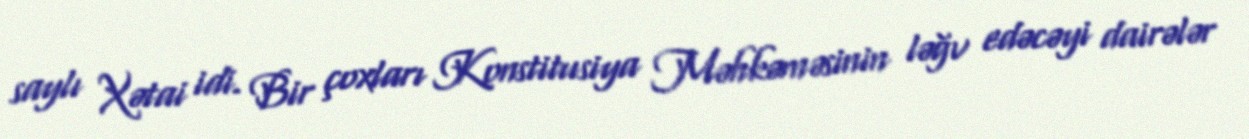
saylı Xətai idi. Bir çoxları Konstitusiya Məhkəməsinin ləğv edəcəyi dairələr